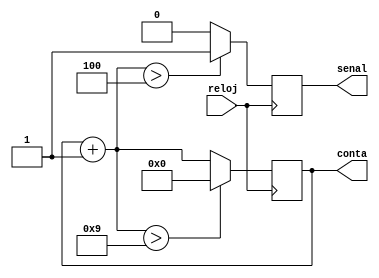
module E8_contadorBCD(input reloj, output reg[3:0] conta, output reg senal);

always@(posedge reloj)
begin
  conta=conta+1;
  
  if (conta>4'd4)
  begin
		senal=1'b1;
  end
  
  else
  begin
		senal=1'b0;
  end
  
  if(conta>4'd9)
  begin
		conta=0;
  end
  
end

endmodule